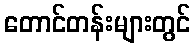
တောင်တန်းများတွင်